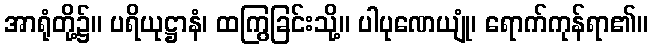
အာရုံတို့၌။ ပရိယုဋ္ဌာနံ၊ ထကြွခြင်းသို့။ ပါပုဏေယျုံ၊ ရောက်ကုန်ရာ၏။